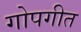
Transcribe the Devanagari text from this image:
गोपगीत